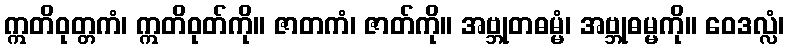
ဣတိဝုတ္တကံ၊ ဣတိဝုတ်ကို။ ဇာတကံ၊ ဇာတ်ကို။ အဗ္ဘုတဓမ္မံ၊ အဗ္ဘုဓမ္မကို။ ဝေဒလ္လံ၊